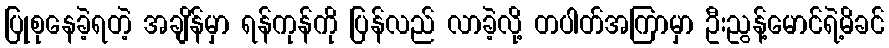
ပြုစုနေခဲ့ရတဲ့ အချိန်မှာ ရန်ကုန်ကို ပြန်လည် လာခဲ့လို့ တပါတ်အကြာမှာ ဦးညွန့်မောင်ရဲ့မိခင်